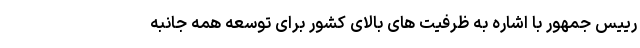
رییس جمهور با اشاره به ظرفیت های بالای کشور برای توسعه همه جانبه